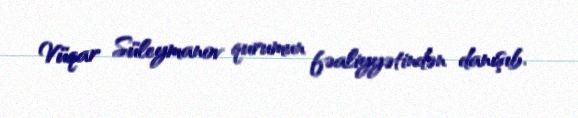
Vüqar Süleymanov qurumun fəaliyyətindən danışıb.